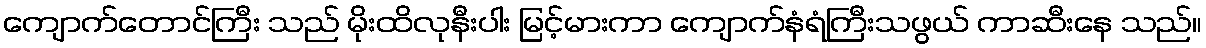
ကျောက်တောင်ကြီး သည် မိုးထိလုနီးပါး မြင့်မားကာ ကျောက်နံရံကြီးသဖွယ် ကာဆီးနေ သည်။